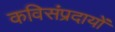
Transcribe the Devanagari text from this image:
कविसंप्रदायों